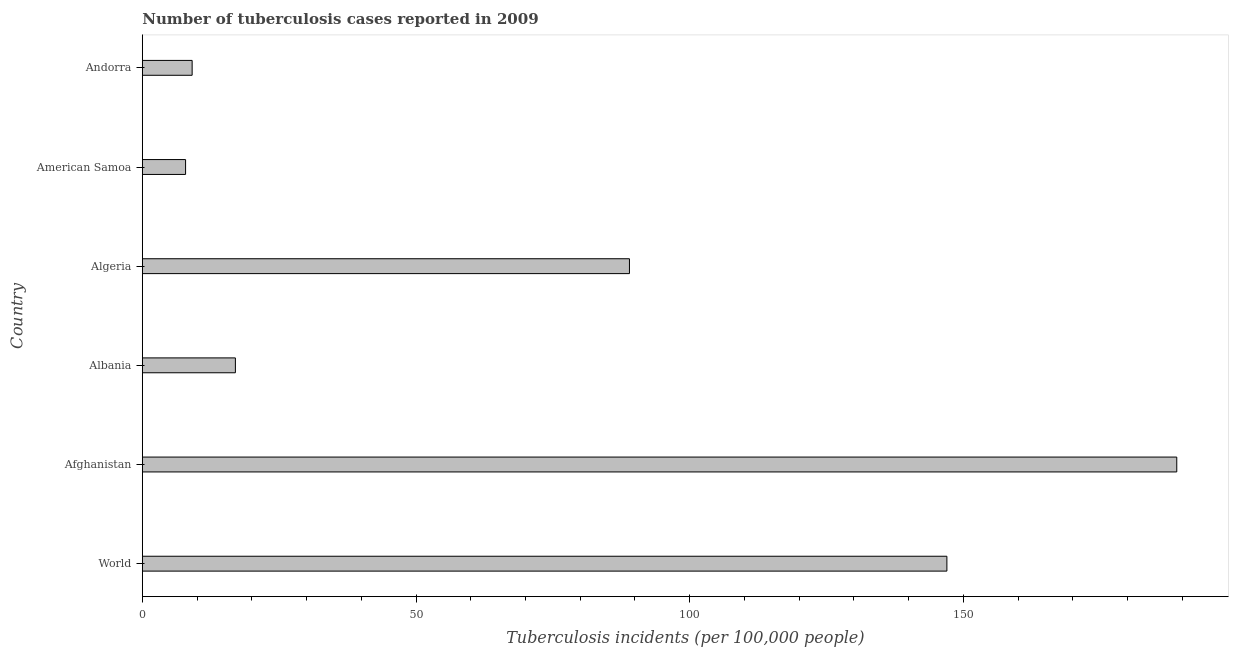
| Country | Incidence of tuberculosis |
 | --- | --- |
 | World | 147 |
 | Afghanistan | 189 |
 | Albania | 17 |
 | Algeria | 89 |
 | American Samoa | 7.9 |
 | Andorra | 9.1 |